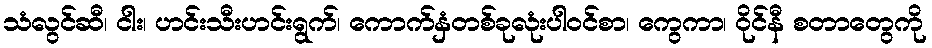
သံလွင်ဆီ၊ ငါး၊ ဟင်းသီးဟင်းရွက်၊ ကောက်နှံတစ်ခုလုံးပါဝင်စာ၊ ကွေကာ၊ ဝိုင်နီ စတာတွေကို